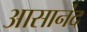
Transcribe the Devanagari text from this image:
आसानंद